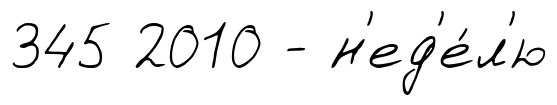
345 2010 - н'ед'е́л'ю